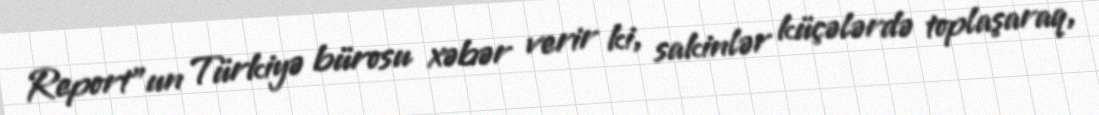
Report"un Türkiyə bürosu xəbər verir ki, sakinlər küçələrdə toplaşaraq,